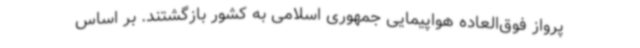
پرواز فوق‌العاده هواپیمایی جمهوری اسلامی به کشور بازگشتند. بر اساس